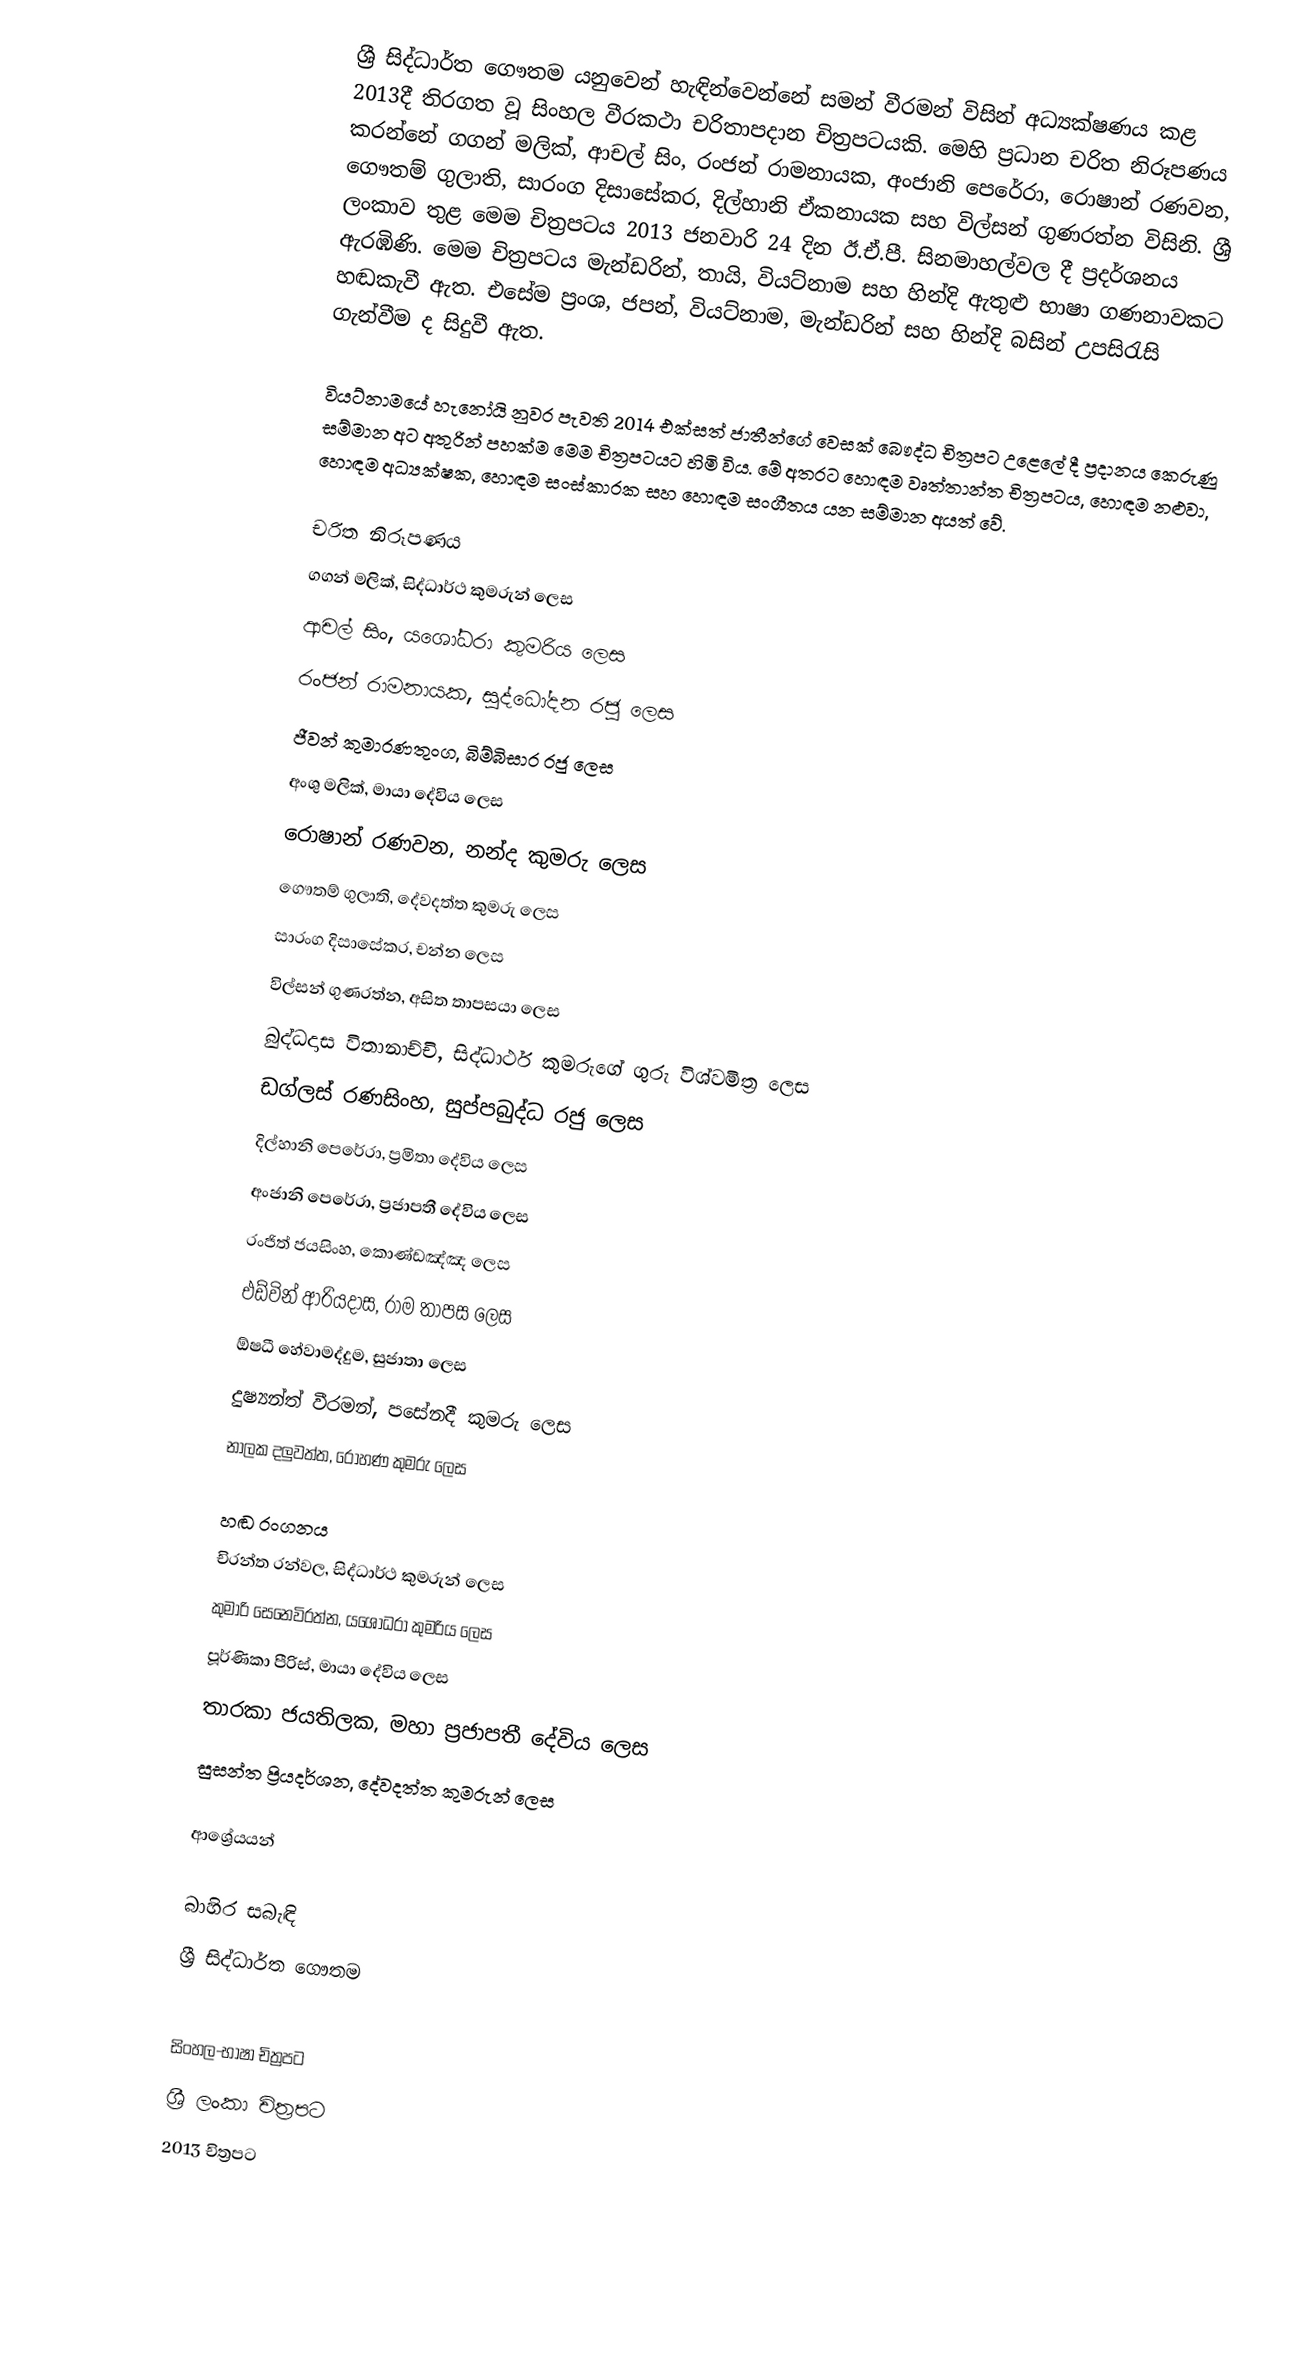
ශ්‍රී සිද්ධාර්ත ගෞතම යනුවෙන් හැඳින්වෙන්නේ සමන් වීරමන් විසින් අධ්‍යක්ෂණය කළ 2013දී තිරගත වූ සිංහල වීරකථා චරිතාපදාන චිත්‍රපටයකි. මෙහි ප්‍රධාන චරිත නිරූපණය කරන්නේ ගගන් මලික්, ආචල් සිං, රංජන් රාමනායක, අංජානි පෙරේරා, රොෂාන් රණවන, ගෞතම් ගුලාති, සාරංග දිසාසේකර, දිල්හානි ඒකනායක සහ විල්සන් ගුණරත්න විසිනි. ශ්‍රී ලංකාව තුළ මෙම චිත්‍රපටය 2013 ජනවාරි 24 දින ඊ.ඒ.පී. සිනමාහල්වල දී ප්‍රදර්ශනය ඇරඹිණි. මෙම චිත්‍රපටය මැන්ඩරින්, තායි, වියට්නාම සහ හින්දි ඇතුළු භාෂා ගණනාවකට හඬකැවී ඇත. එසේම ප්‍රංශ, ජපන්, වියට්නාම, මැන්ඩරින් සහ හින්දි බසින් උපසිරැසි ගැන්වීම ද සිදුවී ඇත.

වියට්නාමයේ හැනෝයි නුවර පැවති 2014 එක්සත් ජාතීන්ගේ වෙසක් බෞද්ධ චිත්‍රපට උළෙලේ දී ප්‍රදානය කෙරුණු සම්මාන අට අතුරින් පහක්ම මෙම චිත්‍රපටයට හිමි විය. මේ අතරට හොඳම වෘත්තාන්ත චිත්‍රපටය, හොඳම නළුවා, හොඳම අධ්‍යක්ෂක, හොඳම සංස්කාරක සහ හොඳම සංගීතය යන සම්මාන අයත් වේ.

චරිත නිරූපණය
 ගගන් මලික්, සිද්ධාර්ථ කුමරුන් ලෙස
 ආචල් සිං, යශෝධරා කුමරිය ලෙස
 රංජන් රාමනායක, සුද්ධෝදන රජු ලෙස
 ජීවන් කුමාරණතුංග, බිම්බිසාර රජු ලෙස
 අංශු මලික්, මායා දේවිය ලෙස
 රොෂාන් රණවන, නන්ද කුමරු ලෙස
 ගෞතම් ගුලාති, දේවදත්ත කුමරු ලෙස
 සාරංග දිසාසේකර, චන්න ලෙස
 විල්සන් ගුණරත්න, අසිත තාපසයා ලෙස
 බුද්ධදාස විතානාච්චි, සිද්ධාර්ථ කුමරුගේ ගුරු විශ්වමිත්‍ර ලෙස
 ඩග්ලස් රණසිංහ, සුප්පබුද්ධ රජු ලෙස
 දිල්හානි පෙරේරා, ප්‍රමිතා දේවිය ලෙස
 අංජානි පෙරේරා, ප්‍රජාපතී දේවිය ලෙස
 රංජිත් ජයසිංහ, කොණ්ඩඤ්ඤ ලෙස
 එඩ්වින් ආරියදාස, රාම තාපස ලෙස
 ඕෂධී හේවාමද්දුම, සුජාතා ලෙස
 දුෂ්‍යන්ත් වීරමන්, පසේනදී කුමරු ලෙස
 නාලක දලුවත්ත, රෝහණ කුමරු ලෙස

හඬ රංගනය
 චිරන්ත රන්වල, සිද්ධාර්ථ කුමරුන් ලෙස
 කුමාරි සෙනෙවිරත්න, යශෝධරා කුමරිය ලෙස
 පූර්ණිකා පීරිස්, මායා දේවිය ලෙස
 තාරකා ජයතිලක, මහා ප්‍රජාපතී දේවිය ලෙස
 සුසන්ත ප්‍රියදර්ශන, දේවදත්ත කුමරුන් ලෙස

ආශ්‍රේයයන්

බාහිර සබැඳි
 ශ්‍රී සිද්ධාර්ත ගෞතම

සිංහල-භාෂා චිත්‍රපට
ශ්‍රී ලංකා චිත්‍රපට
2013 චිත්‍රපට